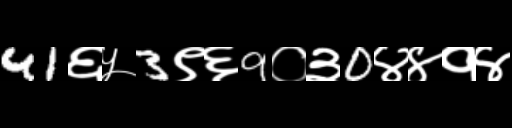
Text: 41६५3९६9०३0४४१४